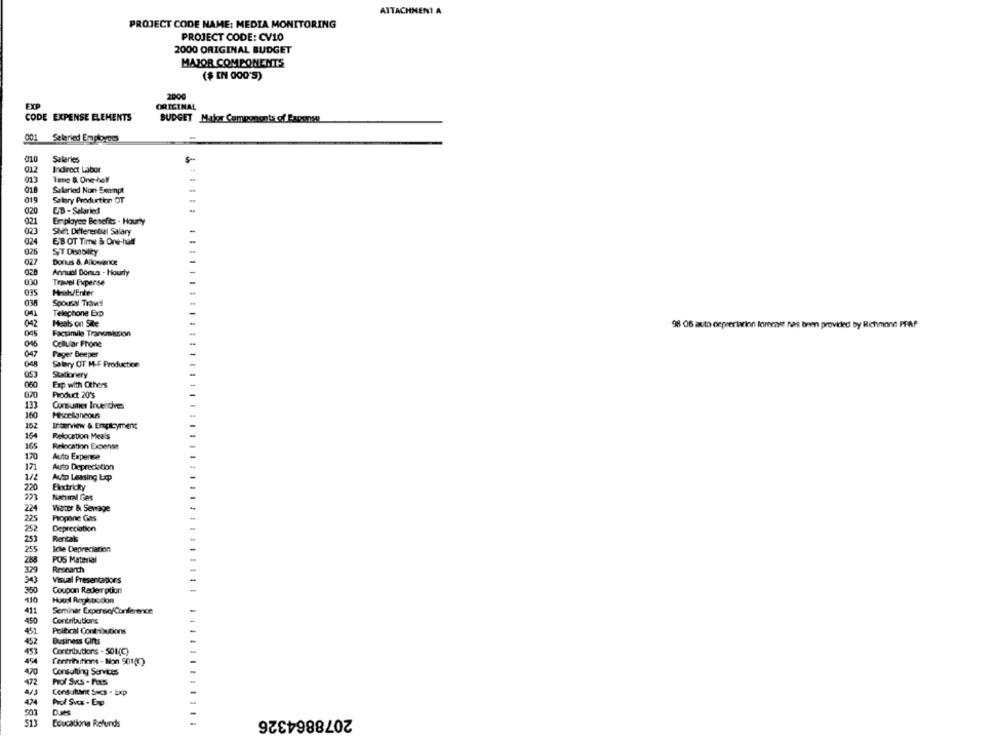
ATTACHMENT A
PROJECT CODE NAME: MEDIA MONITORING
PROJECT CODE: CV10
2000 ORIGINAL BUDGET
MAJOR COMPONENTS
($ EN 000'S)
2000
FXP
ORIGINAL
CODE EXPENSE ELEMENTS
BUDGET M.dlor Components of Fapense
901 Selleried Employees
010
Saleries
012
Indirect Labor
013
Tene & One-half
018
Seleried Non Exempt
019
Salary Production OT
020
UB -Salaried
021
Employee Benefits . Hourly
023
Shet Differentiel Salary
02
EBOT Time & Ore-hall
325
027
Bonus &. Allowance
028
Annuel Bonus - Hourly
030
Travel Experse
035
Herak/Enter
Spousal Travel
Telephone Exp
042
Heals on Site
98 06 auto ceprerivinn foremer nas been provided by Richmond PfAf
045
Facsimile Transmission
046
Cellular Phone
047
Peger Beeper
Salary OT M-F Production
Stationvery
060
Exp with Others
020
Product 20's
133
Consumer Invendres
160
162
Interview & Employment
16
Relocation Meals
165
Relocation Expense
170
Auto Expense
171
Auto Depreciation
1/2
Auto Leasing bp
220
Electricky
221
Natural Gas
224
Water & Sewage
225
Propane Gas
252
Depreciation
253
Rentals
255
Icke Depreciation
288
POS Material
379
Research
343
Visual Presentapors
350
Coupon Redemption
130
411
Seminar Expense/Conference
450
Contributions
451
Poltical Contributions
452
Business Gifts
453
Contributions - 501(C)
454
Contributions - Non 501(0)
70
Consulting Services
472
V3
Consultant Svcs - Exp
503
2078864326
513
Educationa Refunds